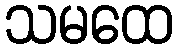
သမထေ